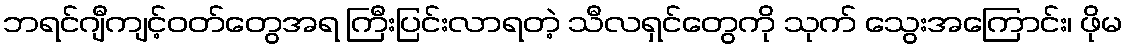
ဘရင်ဂျီကျင့်ဝတ်တွေအရ ကြီးပြင်းလာရတဲ့ သီလရှင်တွေကို သုက် သွေးအကြောင်း၊ ဖိုမ